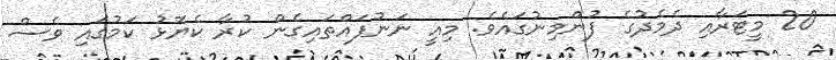
20 މީޓަރާއި ދެމެދުގެ ފުންމިނުގައެވެ. މިއީ ނަނުފައްތައިގެން ކުރާ ކެޔޮޅު ކަމުގައި ވެސް